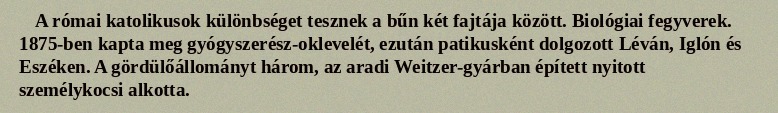
A római katolikusok különbséget tesznek a bűn két fajtája között. Biológiai fegyverek. 1875-ben kapta meg gyógyszerész-oklevelét, ezután patikusként dolgozott Léván, Iglón és Eszéken. A gördülőállományt három, az aradi Weitzer-gyárban épített nyitott személykocsi alkotta.